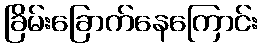
ခြိမ်းခြောက်နေကြောင်း